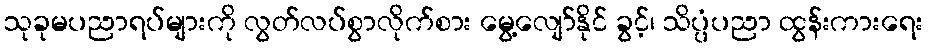
သုခုမပညာရပ်များကို လွတ်လပ်စွာလိုက်စား မွေ့လျော်နိုင် ခွင့်၊ သိပ္ပံပညာ ထွန်းကားရေး